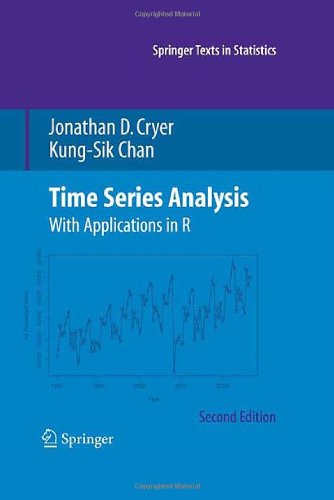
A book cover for Time Series Analysis: With Applications in R (Springer Texts in Statistics); Jonathan D. Cryer; Business & Money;